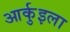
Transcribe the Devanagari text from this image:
आर्कुइला